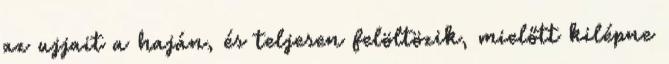
az ujjait a haján, és teljesen felöltözik, mielőtt kilépne